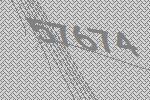
57674